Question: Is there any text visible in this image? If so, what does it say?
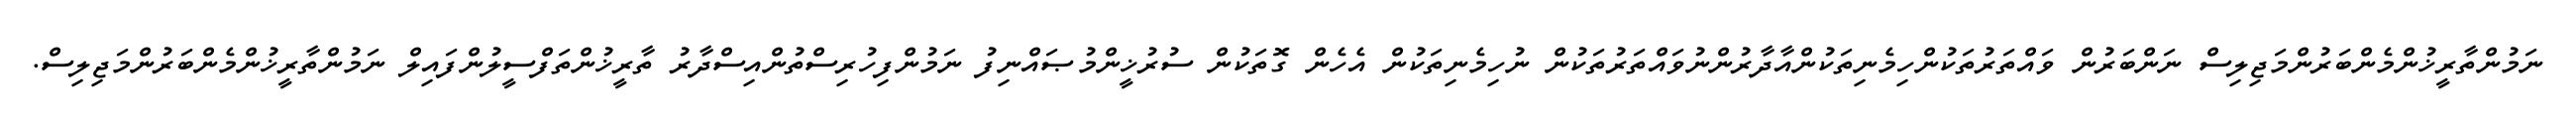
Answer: ނަމުންތާރީޚުންމެންބަރުންމަޖިލިސް ނަންބަރުން ވައްތަރުތަކުންހިމެނިތަކުންއާދާރުންނުވައްތަރުތަކުން ނުހިމެނިތަކުން އެހެން ގޮތަކުން ސުރުޚީންމުޞައްނިފު ނަމުންފިހުރިސްތުންއިސްދާރު ތާރީޚުންތަފްސީލުންފައިލް ނަމުންތާރީޚުންމެންބަރުންމަޖިލިސް.